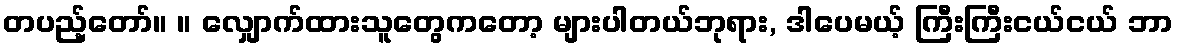
တပည့်တော်။ ။ လျှောက်ထားသူတွေကတော့ များပါတယ်ဘုရား, ဒါပေမယ့် ကြီးကြီးငယ်ငယ် ဘာ